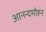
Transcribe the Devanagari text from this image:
आनन्दमोहन